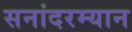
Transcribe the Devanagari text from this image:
सनांदरम्यान